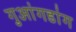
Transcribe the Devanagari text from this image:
गुआंगडांग